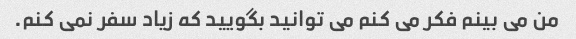
من می بینم فکر می کنم می توانید بگویید که زیاد سفر نمی کنم.